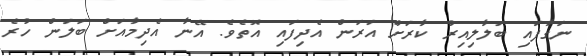
ނަގާފައި ބަލާލިއިރު ކާރަށް އަރަން އެދިފައި އޮތެވެ. އޭނާ އެދިމާއަށް ބަލަން ހުރެ